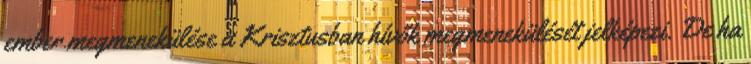
ember megmenekülése a Krisztusban hívők megmenekülését jelképezi. De ha